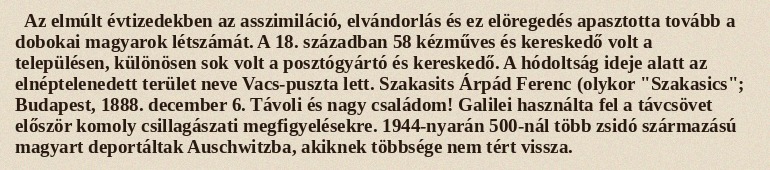
Az elmúlt évtizedekben az asszimiláció, elvándorlás és ez elöregedés apasztotta tovább a dobokai magyarok létszámát. A 18. században 58 kézműves és kereskedő volt a településen, különösen sok volt a posztógyártó és kereskedő. A hódoltság ideje alatt az elnéptelenedett terület neve Vacs-puszta lett. Szakasits Árpád Ferenc (olykor "Szakasics"; Budapest, 1888. december 6. Távoli és nagy családom! Galilei használta fel a távcsövet először komoly csillagászati megfigyelésekre. 1944-nyarán 500-nál több zsidó származású magyart deportáltak Auschwitzba, akiknek többsége nem tért vissza.